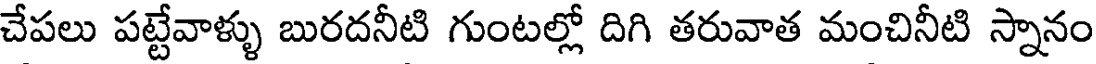
చేపలు పట్టేవాళ్ళు బురదనీటి గుంటల్లో దిగి తరువాత మంచినీటి స్నానం